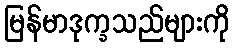
မြန်မာဒုက္ခသည်များကို